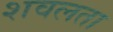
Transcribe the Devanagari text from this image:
शवलता